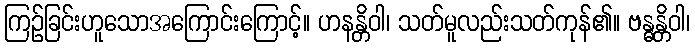
ကြဉ်ခြင်းဟူသောအကြောင်းကြောင့်။ ဟနန္တိဝါ၊ သတ်မူလည်းသတ်ကုန်၏။ ဗန္ဓန္တိဝါ၊